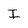
Character: I